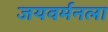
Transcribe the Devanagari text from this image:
जयवर्मनला